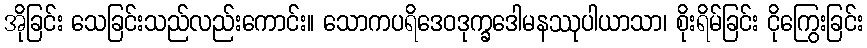
အိုခြင်း သေခြင်းသည်လည်းကောင်း။ သောကပရိဒေဝဒုက္ခဒေါမနဿုပါယာသာ၊ စိုးရိမ်ခြင်း ငိုကြွေးခြင်း